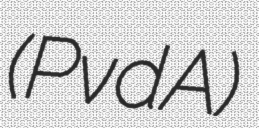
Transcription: (PvdA)